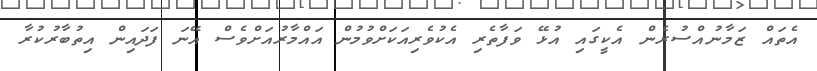
އެތައް ޒަމާނުއްސުރެން އެކީގައި އުޅޭ ވަފާތެރި އެކުވެރިއަކަށްވުމުން އައްމާރުއަށްވެސް އޭނަ ފަދައިން އިތުބާރުކުރާ